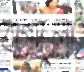
বাগদুলী